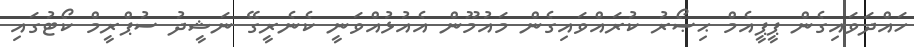
ހައްދަވައިގެން ޕީޕީއެމް ޙިޞޯރު ކުރައްވައިގެން މައުމޫން އެއުޅުއްވަނީ ކެނެރީގޭ ނަޝީދު ސުޕްރީމް ކޯޓުގައި